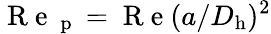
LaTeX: \mathrm{~R~e~}_{\mathrm{~p~}}=\mathrm{~R~e~}(a/D_{\mathrm{h}})^{2}